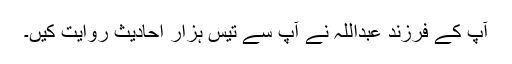
آپ کے فرزند عبداللہ نے آپ سے تیس ہزار احادیث روایت کیں۔